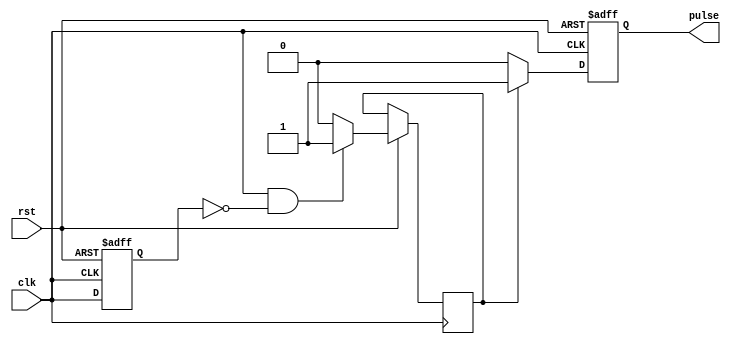
module FallingEdgePulseGenerator (
    input wire clk,
    input wire rst,
    output reg pulse
);

reg prev_clk;
reg pulse_trigger;

always @(posedge clk or negedge rst) begin
    if (rst == 1'b0) begin
        prev_clk <= 1'b0;
        pulse <= 1'b0;
    end else begin
        prev_clk <= clk;
        if (clk && !prev_clk) begin
            pulse_trigger <= 1;
        end else begin
            pulse_trigger <= 0;
        end
        if (pulse_trigger) begin
            pulse <= 1;
        end else begin
            pulse <= 0;
        end
    end
end

endmodule